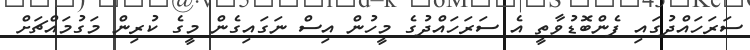
ސަރަހައްދުގައި ފެންބޮޑުވާތީ އެ ސަރަހައްދުގެ މީހުން އިސް ނަގައިގެން މީގެ ކުރިން މަގުމައްޗަށް